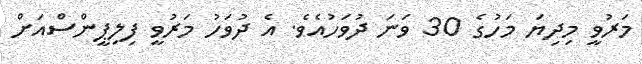
މަރުވީ މިދިޔަ މަހުގެ 30 ވަނަ ދުވަހުއެވެ. އެ ދުވަހު މަރުވީ ފިލިޕީންސްއަށް